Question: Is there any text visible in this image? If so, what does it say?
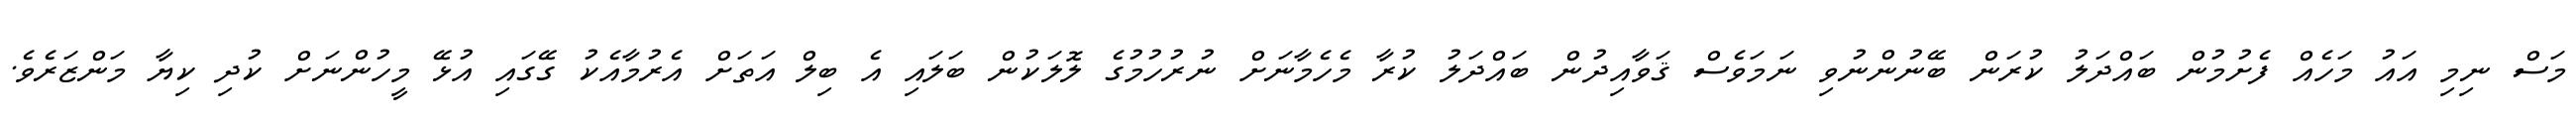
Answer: މަސް ނިމި އައު މަހެއް ފެށުމުން ބައްދަލު ކުރަން ބޭނުންނުވި ނަމަވެސް ޤަވާއިދުން ބައްދަލު ކުރާ މެހެމާނަށް ނުރުހުމުގެ ލޮލަކުން ބަލައި އެ ބިލް އަތަށް އެރުމާއެކު ގޭގައި އުޅޭ މީހުންނަށް ކުދި ކިޔާ މަންޒަރެވެ.